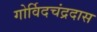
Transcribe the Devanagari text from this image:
गोर्विदचंद्रदास